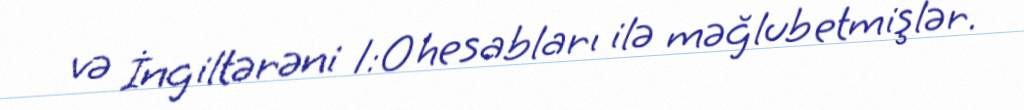
və İngiltərəni 1:0 hesabları ilə məğlub etmişlər.